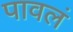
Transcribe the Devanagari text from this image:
पावलं